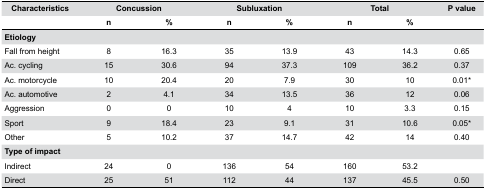
<table><thead><tr><td><b>Characteristics</b></td><td colspan="2"><b>Concussion</b></td><td colspan="2"><b>Subluxation</b></td><td colspan="2"><b>Total</b></td><td><b>P value</b></td></tr><tr><td></td><td><b>n</b></td><td><b>%</b></td><td><b>n</b></td><td><b>%</b></td><td><b>n</b></td><td><b>%</b></td><td></td></tr></thead><tbody><tr><td colspan="8"><b>Etiology</b></td></tr><tr><td>Fall from height</td><td>8</td><td>16.3</td><td>35</td><td>13.9</td><td>43</td><td>14.3</td><td>0.65</td></tr><tr><td>Ac. cycling</td><td>15</td><td>30.6</td><td>94</td><td>37.3</td><td>109</td><td>36.2</td><td>0.37</td></tr><tr><td>Ac. motorcycle</td><td>10</td><td>20.4</td><td>20</td><td>7.9</td><td>30</td><td>10</td><td>0.01*</td></tr><tr><td>Ac. automotive</td><td>2</td><td>4.1</td><td>34</td><td>13.5</td><td>36</td><td>12</td><td>0.06</td></tr><tr><td>Aggression</td><td>0</td><td>0</td><td>10</td><td>4</td><td>10</td><td>3.3</td><td>0.15</td></tr><tr><td>Sport</td><td>9</td><td>18.4</td><td>23</td><td>9.1</td><td>31</td><td>10.6</td><td>0.05*</td></tr><tr><td>Other</td><td>5</td><td>10.2</td><td>37</td><td>14.7</td><td>42</td><td>14</td><td>0.40</td></tr><tr><td colspan="8"><b>Type of impact</b></td></tr><tr><td>Indirect</td><td>24</td><td>0</td><td>136</td><td>54</td><td>160</td><td>53.2</td><td></td></tr><tr><td>Direct</td><td>25</td><td>51</td><td>112</td><td>44</td><td>137</td><td>45.5</td><td>0.50</td></tr></tbody></table>